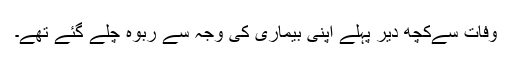
وفات سےکچھ دیر پہلے اپنی بیماری کی وجہ سے ربوہ چلے گئے تھے۔